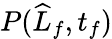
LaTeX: P(\widehat{L}_{f},t_{f})